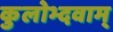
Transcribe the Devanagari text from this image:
कुलोभ्दवाम्